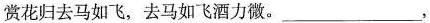
赏花归去马如飞，去马如飞酒力微。___，